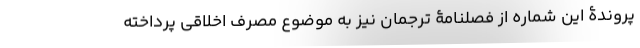
پروندۀ این شماره از فصلنامۀ ترجمان نیز به موضوع مصرف اخلاقی پرداخته